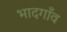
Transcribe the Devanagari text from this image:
भादगाँव